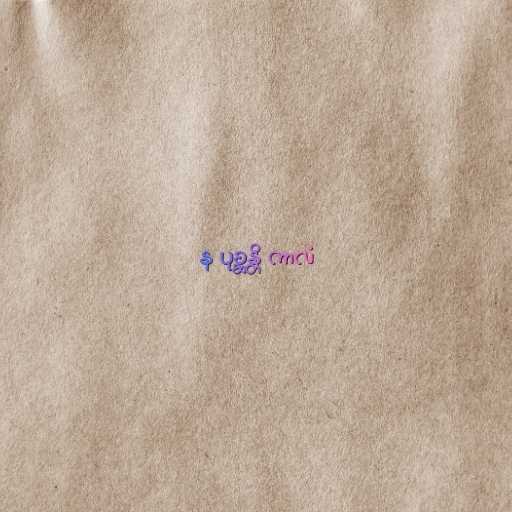
န ပုစ္ဆန္တိ ကာလံ